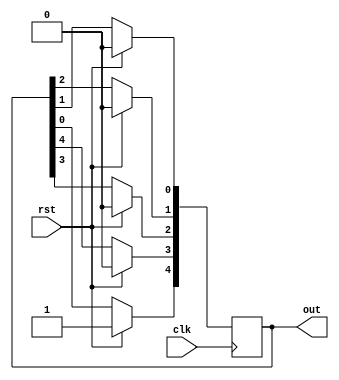
//-------------------------------------------------------
//  Functionality: An n-bit ring counter 
//-------------------------------------------------------

`timescale 1ns / 1ps
`ifndef TESTBENCH
`define size 5
`endif
module ring_counter    
      (    
        input clk,                  
        input rst,  
        output reg [`size-1:0] out  
      );      
       
      integer i;
      always @ (posedge clk) begin  
          if (rst)  begin
             out[`size-1] <= 1'b1;
             out[`size-2:0] <= 0;  end  
          else begin  
            out[`size-1] <= out[0];  
            for (i = 0; i < `size-1; i=i+1) begin  
              out[i] <= out[i+1];  
            end  
          end  
      end  
endmodule